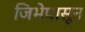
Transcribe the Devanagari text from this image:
जिभेपासून